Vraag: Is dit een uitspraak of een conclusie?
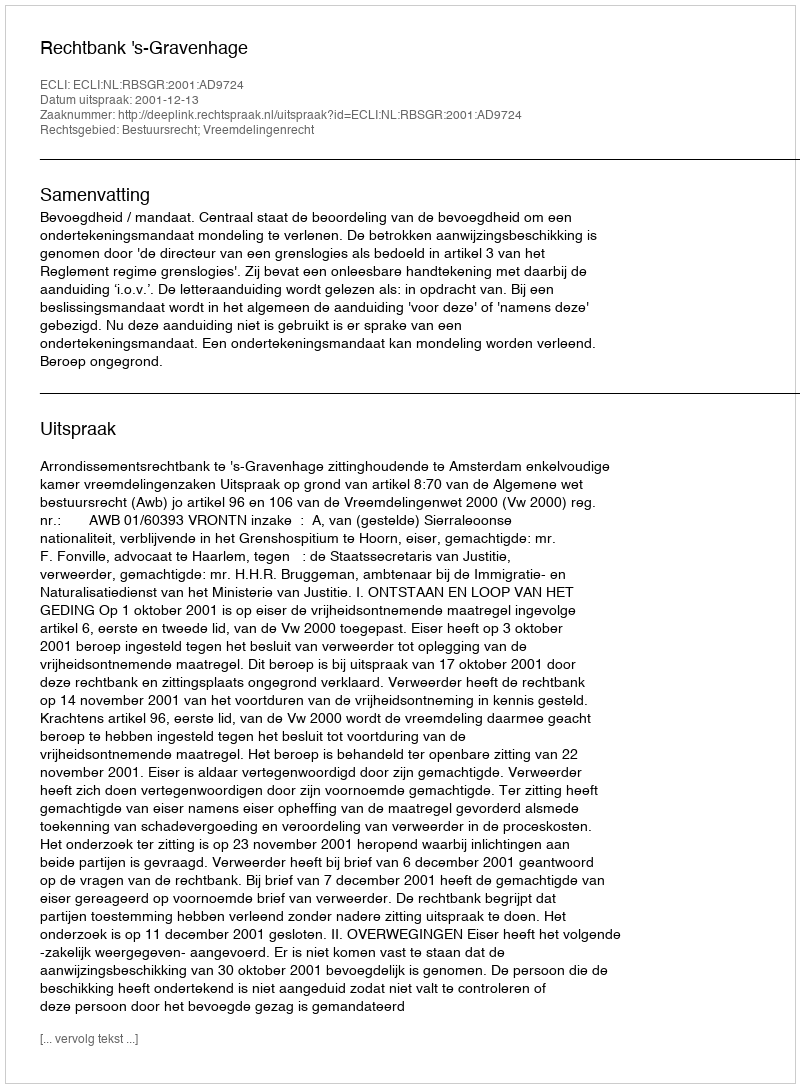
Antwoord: Uitspraak